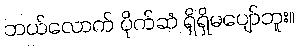
ဘယ်လောက် ပိုက်ဆံ ရှိရှိမပျော်ဘူး။